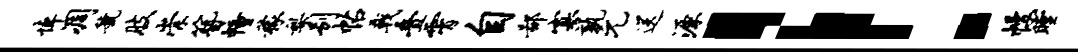
悼凋虢肢崇簪幢稼梨别帖戟叠霄自鄙寡孰元送源！幔瞠